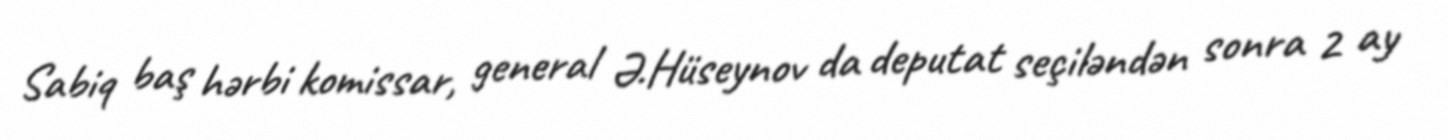
Sabiq baş hərbi komissar, general Ə.Hüseynov da deputat seçiləndən sonra 2 ay